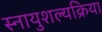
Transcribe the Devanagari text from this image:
स्नायुशल्यक्रिया